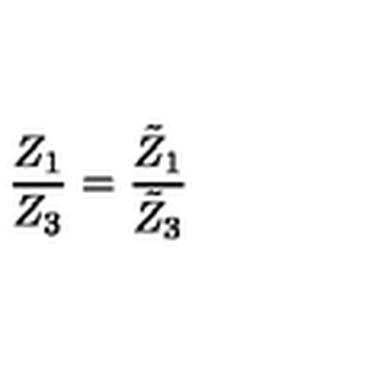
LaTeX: \frac { Z _ { 1 } } { Z _ { 3 } } = \frac { \tilde { Z } _ { 1 } } { \tilde { Z } _ { 3 } }